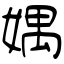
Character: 媀